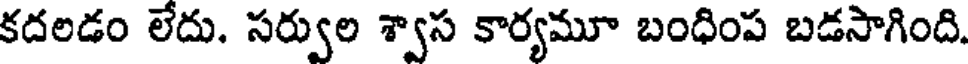
కదలడం లేదు. సర్వుల శ్వాస కార్యమూ బంధింప బడసాగింది.